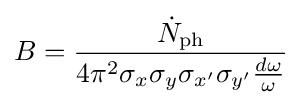
B={\frac {{\dot {N}}_{\text{ph}}}{4\pi ^{2}\sigma _{x}\sigma _{y}\sigma _{x'}\sigma _{y'}{\frac {d\omega }{\omega }}}}